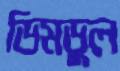
ডিমডুল